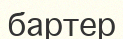
бартер